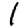
Digit: 1